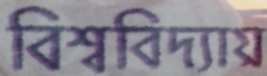
বিশ্ববিদ্যায়